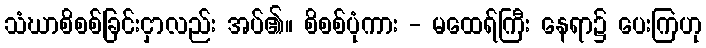
သံဃာစိစစ်ခြင်းငှာလည်း အပ်၏။ စိစစ်ပုံကား - မထေရ်ကြီး နေရာ၌ ပေးကြဟု